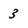
Character: 3